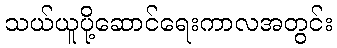
သယ်ယူပို့ဆောင်ရေးကာလအတွင်း